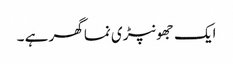
ایک جھونپڑی نما گھر ہے ۔